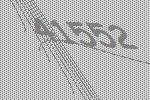
41552